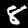
Digit: 8